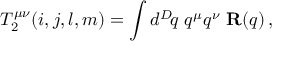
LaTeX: T _ { 2 } ^ { \mu \nu } ( i , j , l , m ) = \int d ^ { D } \! q \, \, q ^ { \mu } q ^ { \nu } \, \, { \bf R } ( q ) \, ,